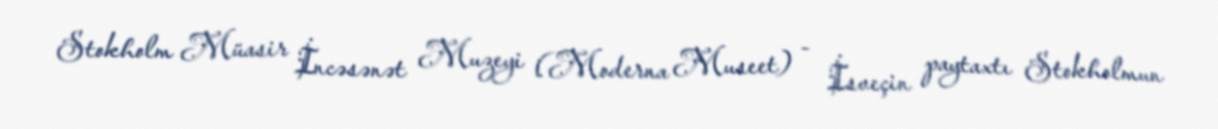
Stokholm Müasir İncəsənət Muzeyi (Moderna Museet) - İsveçin paytaxtı Stokholmun